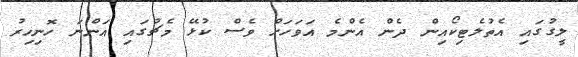
ލީގުގައި އެތުލެޓިކޯއިން ދެން އެންމެ އަވަހަށް ވެސް ކުޅޭ މެޗުގައި އަންނަ ހޮނިހިރު